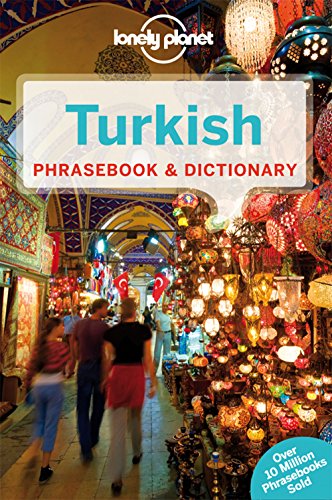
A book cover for Lonely Planet Turkish Phrasebook & Dictionary (Lonely Planet Phrasebook and Dictionary); Lonely Planet; Travel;